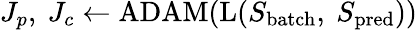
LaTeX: J_{p},\ J_{c}\gets\mathrm{ADAM}(\mathrm{L}(S_{\mathrm{batch}},\ S_{\mathrm{pred}}))